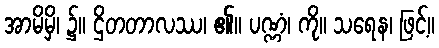
အာမိမှိ၊ ၌။ ဌိတတာလဿ၊ ၏။ ပဏ္ဏံ၊ ကို။ သရေန၊ ဖြင့်။